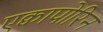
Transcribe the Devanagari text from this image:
एक्वापोरिन